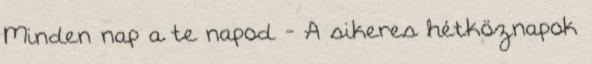
Minden nap a te napod - A sikeres hétköznapok